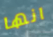
انها